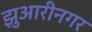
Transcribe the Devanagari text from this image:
झुआरीनगर